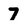
Character: 7